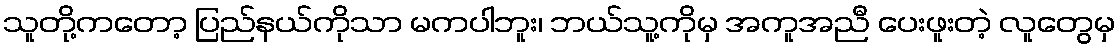
သူတို့ကတော့ ပြည်နယ်ကိုသာ မကပါဘူး၊ ဘယ်သူ့ကိုမှ အကူအညီ ပေးဖူးတဲ့ လူတွေမှ